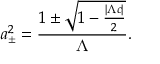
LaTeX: a _ { \pm } ^ { 2 } = \frac { 1 \pm \sqrt { 1 - \frac { { | \Lambda c | } } { 2 } } } { { \Lambda } } .